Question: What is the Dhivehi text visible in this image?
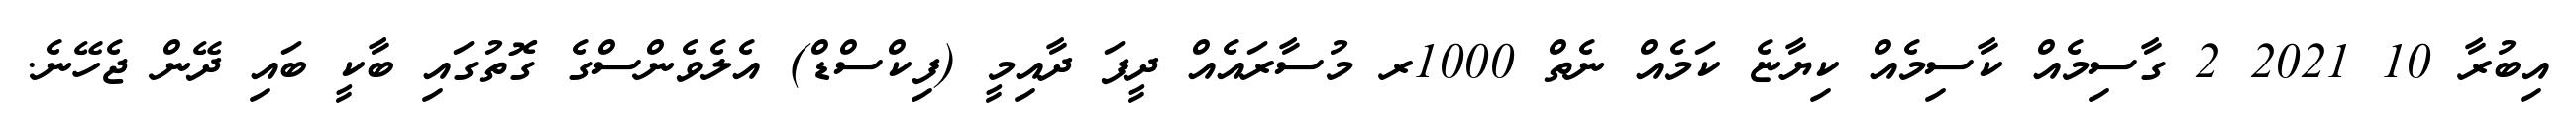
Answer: އިބުރާ 10 2021 2 ގާސިމެއް ކާސިމެއް ކިޔާޏެ ކަމެއް ނެތް 1000ރ މުސާރައެއް ދީފަ ދާއިމީ (ފިކްސްޑް) އެލެވެންސްގެ ގޮތުގައި ބާކީ ބައި ދޭން ޖެހޭނެ.